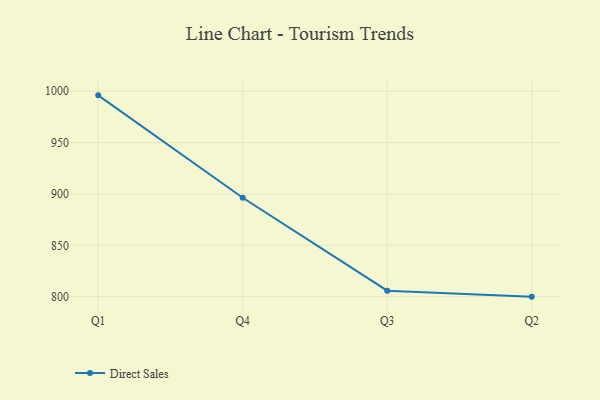
{"axis": {"x": "Quarter", "y": "Shipments"}, "legend": ["Direct Sales"], "data": [{"x": "Q1", "y": 996.0, "type": "Direct Sales"}, {"x": "Q4", "y": 896.3, "type": "Direct Sales"}, {"x": "Q3", "y": 805.8, "type": "Direct Sales"}, {"x": "Q2", "y": 800, "type": "Direct Sales"}]}